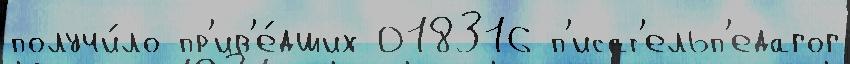
получи́ло пр'ив'е́дших 018316 п'исат'ельп'едагог